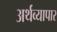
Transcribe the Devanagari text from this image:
अर्थव्यापार